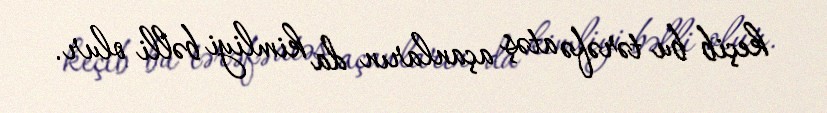
keçib bu tərəfə atəş açanların da kimliyi bəlli olur.